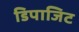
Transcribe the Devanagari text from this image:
डिपाजिट